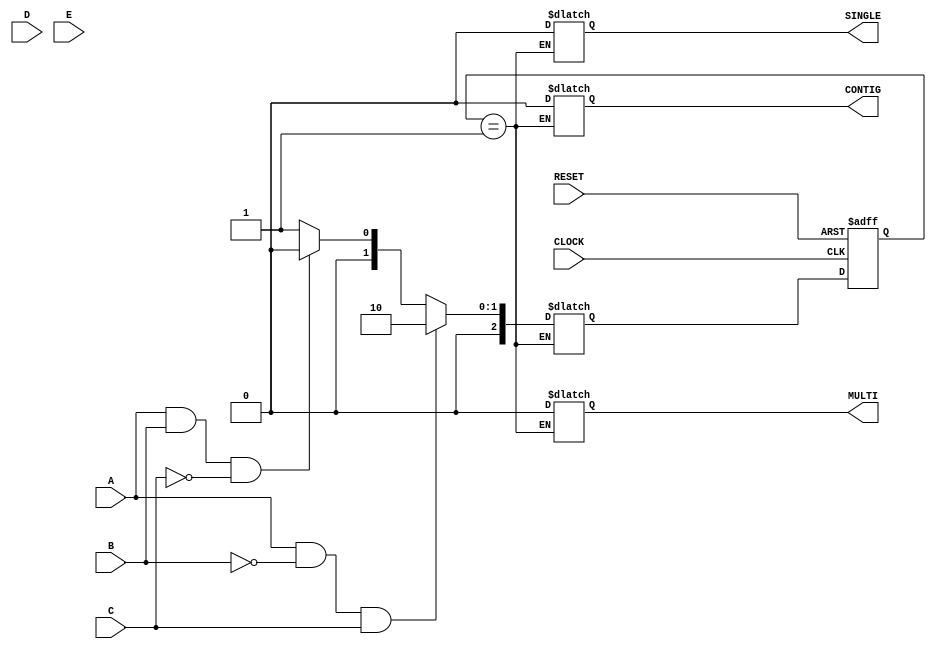
module one_hot (CLOCK, RESET, A, B, C, D, E, 
              SINGLE, MULTI, CONTIG); 
 
input   CLOCK, RESET; 
input   A, B, C, D, E; 
output  SINGLE, MULTI, CONTIG; 
 
reg SINGLE, MULTI, CONTIG; 
 
// Declare the symbolic names for states 
parameter [6:0] 
    S1 = 7'b0000001,   
    S2 = 7'b0000010, 
    S3 = 7'b0000100, 
    S4 = 7'b0001000, 
    S5 = 7'b0010000, 
    S6 = 7'b0100000, 
    S7 = 7'b1000000; 
 
// Declare current state and next state variables 
reg [2:0] CS; 
reg [2:0] NS; 
 
// state_vector CS 
  
 always @ (posedge CLOCK or posedge RESET)  
 begin 
       if (RESET == 1'b1) 
           CS = S1; 
       else 
           CS = NS; 
end 
 
always @ (CS or A or B or C or D or D or E) 
begin 
    case (CS) 
             S1 : 
                     begin 
             MULTI  = 1'b0; 
             CONTIG = 1'b0; 
             SINGLE = 1'b0; 
             if (A && ~B && C)  
                 NS = S2; 
             else if (A && B && ~C) 
                 NS = S4; 
             else 
                 NS = S1;  
            end 
endcase
end
endmodule